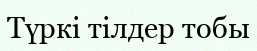
Түркі тілдер тобы